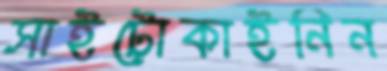
সাইটোকাইনিন